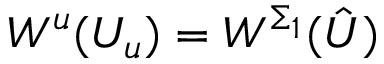
W ^ { u } ( U _ { u } ) = W ^ { \Sigma _ { 1 } } ( \hat { U } )